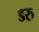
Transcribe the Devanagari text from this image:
डरु